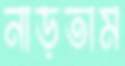
নাড়তাম